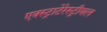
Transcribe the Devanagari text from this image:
एक्स्ट्राटेरेस्ट्रीयल